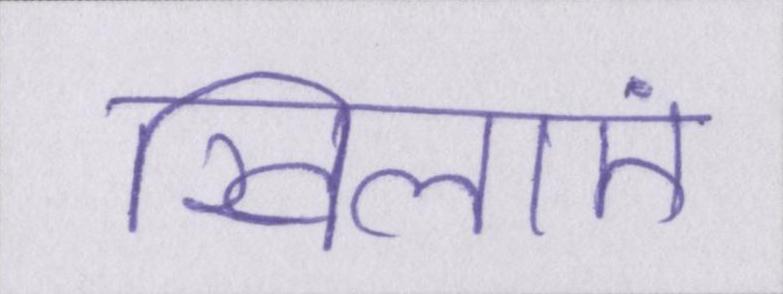
खिलाएं